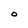
Character: 0